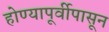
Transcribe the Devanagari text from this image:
होण्यापूर्वीपासून